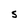
Character: s